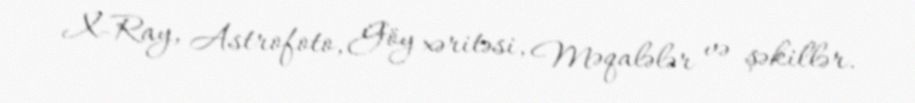
X-Ray, Astrofoto, Göy xəritəsi, Məqalələr və şəkillər.